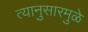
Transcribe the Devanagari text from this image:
त्यानुसारमुळे